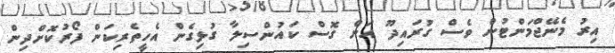
އިރު މެނޭޖްމަންޓުން ވެސް ގުރައިދޫ އަށް ގޮސް ކައުންސިލާ ގުޅިގެން އެހީތެރިކަން ފޯރުކޮށްދިން